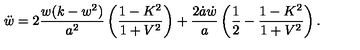
\ddot { w } = 2 \frac { w ( k - w ^ { 2 } ) } { a ^ { 2 } } \left( \frac { 1 - K ^ { 2 } } { 1 + V ^ { 2 } } \right) + \frac { 2 \dot { a } \dot { w } } { a } \left( \frac 1 2 - \frac { 1 - K ^ { 2 } } { 1 + V ^ { 2 } } \right) .